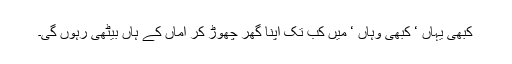
کبھی یہاں ‘ کبھی وہاں ‘ میں کب تک اپنا گھر چھوڑ کر اماں کے ہاں بیٹھی رہوں گی۔